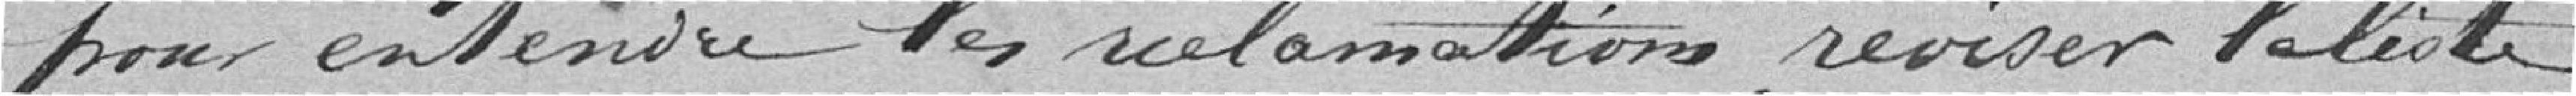
pour entendre les réclamations, réviser la liste